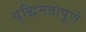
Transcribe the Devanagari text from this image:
वुद्धिमतापूर्ण